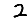
Digit: 2